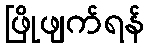
ဖြိုဖျက်ရန်